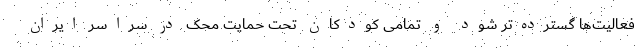
فعالیت‌ها گسترده‌تر شود و تمامی کودکان تحت حمایت محک در سراسر ایران